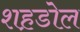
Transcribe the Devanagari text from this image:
शह़डोल